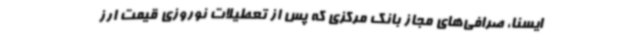
ایسنا، صرافی‌های مجاز بانک مرکزی که پس از تعطیلات نوروزی قیمت ارز